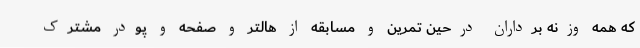
که همه وزنه برداران درحین تمرین و مسابقه از هالتر و صفحه و پودر مشترک